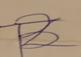
Signature authenticity: forged